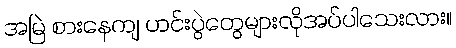
အမြဲ စားနေကျ ဟင်းပွဲတွေများလိုအပ်ပါသေးလား။